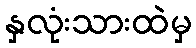
နှလုံးသားထဲမှ